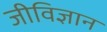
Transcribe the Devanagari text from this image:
जीविज्ञान